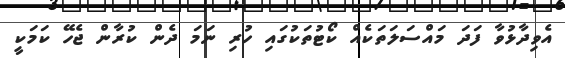
އެވިދާޅުވާ ފަދަ މައްސަލަތަކެއް ކޯޓުތަކުގައި ހުރި ނަމަ ދެން ކުރާން ޖެހޭ ކަމަކީ